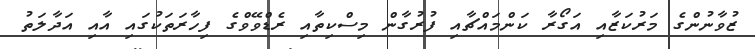
ޒުވާނުންގެ މަރުކަޒާއި އަގޯރާ ކަންމައްޗާއި ފުރުގާން މިސްކިތާއި ރެޑްވޭވްގެ ފިހާރަތަކުގައި އާއި އަދާލަތު